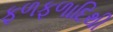
ફળફળાદિથી